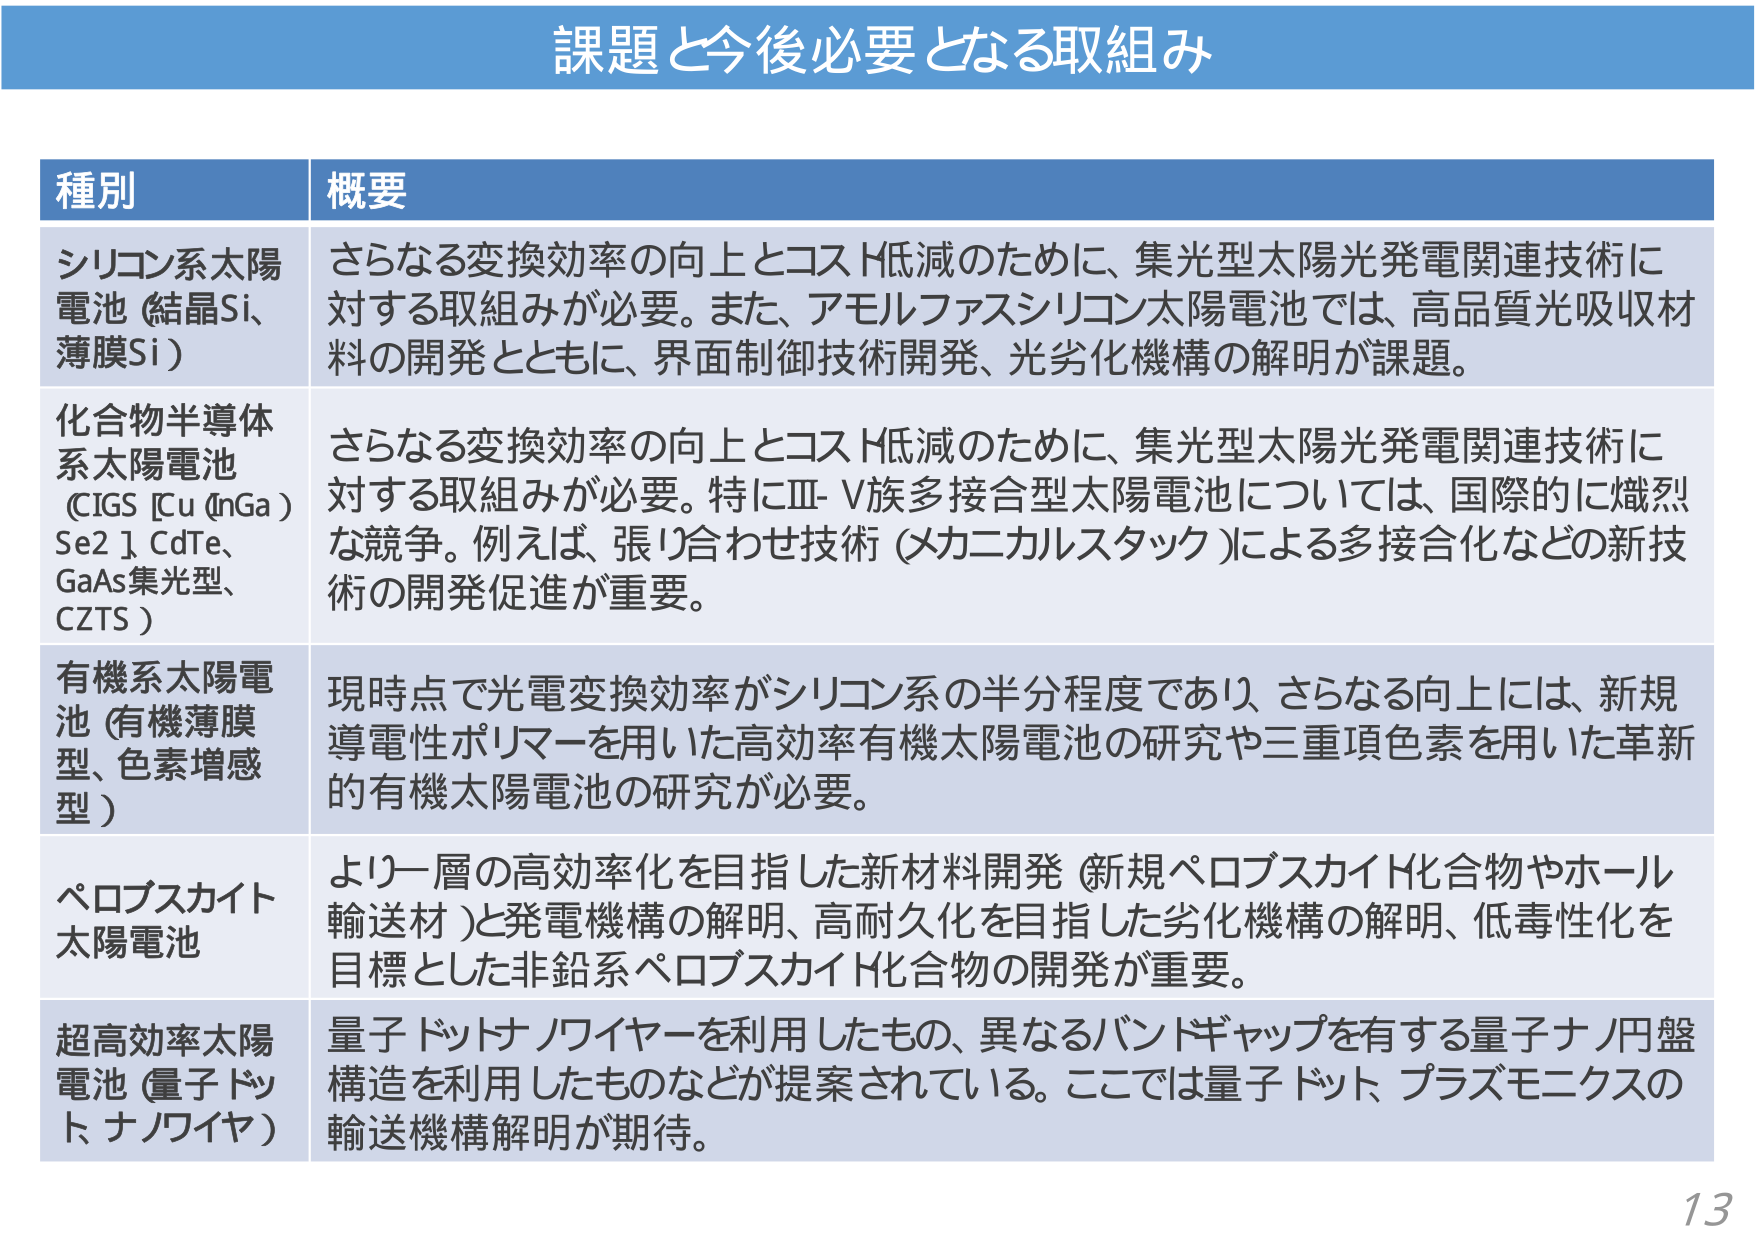
課題と今後必要となる取組み

種別 概要

シリコン系太陽電池（結晶Si、薄膜Si）
さらなる変換効率の向上とコスト低減のために、集光型太陽光発電関連技術に対する取組みが必要。また、アモルファスシリコン太陽電池では、高品質光吸収材料の開発とともに、界面制御技術開発、光劣化機構の解明が課題。

化合物半導体系太陽電池（CIGS [Cu (InGa) Se2]、CdTe、GaAs集光型、CZTS）
さらなる変換効率の向上とコスト低減のために、集光型太陽光発電関連技術に対する取組みが必要。特にⅢ-Ⅴ族多接合型太陽電池については、国際的に熾烈な競争。例えば、張り合わせ技術（メカニカルスタック）による多接合化などの新技術の開発促進が重要。

有機系太陽電池（有機薄膜型、色素増感型）
現時点で光電変換効率がシリコン系の半分程度であり、さらなる向上には、新規導電性ポリマーを用いた高効率有機太陽電池の研究や三重項色素を用いた革新的有機太陽電池の研究が必要。

ペロブスカイト太陽電池
より一層の高効率化を目指した新材料開発（新規ペロブスカイト化合物やホール輸送材）と発電機構の解明、高耐久化を目指した劣化機構の解明、低毒性化を目標とした非鉛系ペロブスカイト化合物の開発が重要。

超高効率太陽電池（量子ドット、ナノワイヤ）
量子ドットナノワイヤーを利用したもの、異なるバンドギャップを有する量子ナノ円盤構造を利用したものなどが提案されている。ここでは量子ドット、プラズモニクスの輸送機構解明が期待。

13